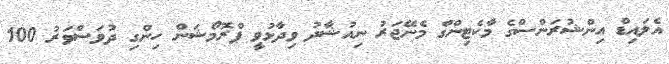
އެލައިޑް އިންޝުރަންސްގެ މާކެޓިންގް މެނޭޖަރު ނިއުޝާދު ވިދާޅުވީ ޕްރޮމޯޝަން ހިންގި ދުވަސްވަރު 100